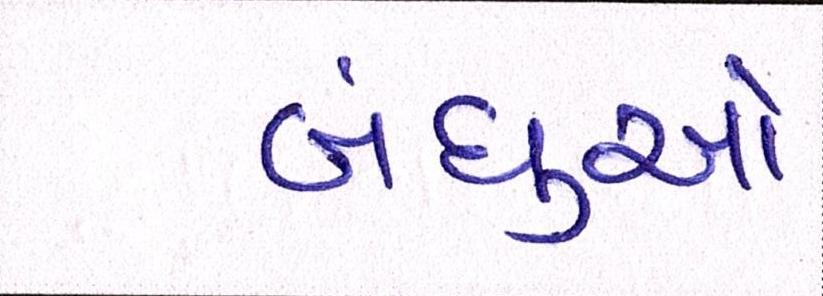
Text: બંધુઓ